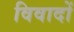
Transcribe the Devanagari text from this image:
विवादों